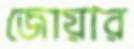
জোয়ার